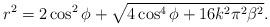
LaTeX: \begin{align*} r^2 = 2\cos^2\phi+\sqrt{4\cos^4\phi+16k^2\pi^2\beta^2}.\end{align*}